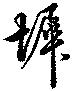
墀